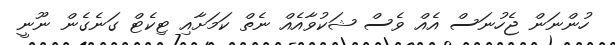
ހުންނަން ޖެހުނަސް އެއް ވެސް ޝަކުވާއެއް ނެތް ކަމަށާއި ޓިކެޓް ގަނެގެން ނޫނީ